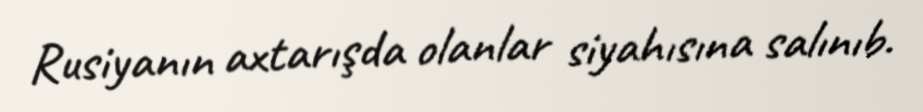
Rusiyanın axtarışda olanlar siyahısına salınıb.